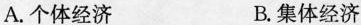
A.个体经济 B.集体经济